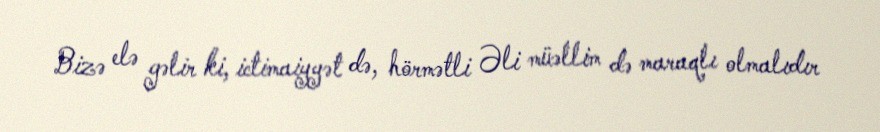
Bizə elə gəlir ki, ictimaiyyət də, hörmətli Əli müəllim də maraqlı olmalıdır